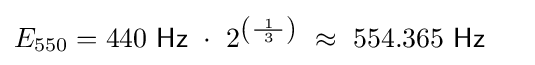
E_{550}=440\ {\mathsf {Hz}}\ \cdot \ 2^{\left({\frac {1}{\ 3\ }}\right)}\ \approx \ 554.365\ {\mathsf {Hz}}\ \quad